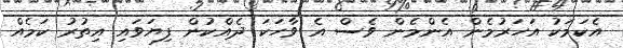
އެކަމަކު އަހަރުމެން އެންމެން ވެސް އެ ވާހަކަ ދެއްކުން ފިޔަވައި އިތުރު ކަމެއް